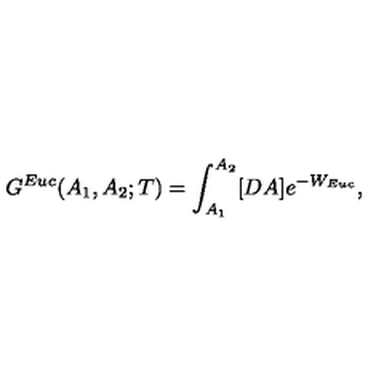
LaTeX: G ^ { E u c } ( A _ { 1 } , A _ { 2 } ; T ) = \int _ { A _ { 1 } } ^ { A _ { 2 } } [ D A ] e ^ { - W _ { E u c } } ,